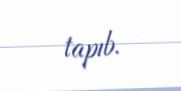
tapıb.